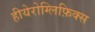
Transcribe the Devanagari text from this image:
हीयेरोग्लिफ़िक्स